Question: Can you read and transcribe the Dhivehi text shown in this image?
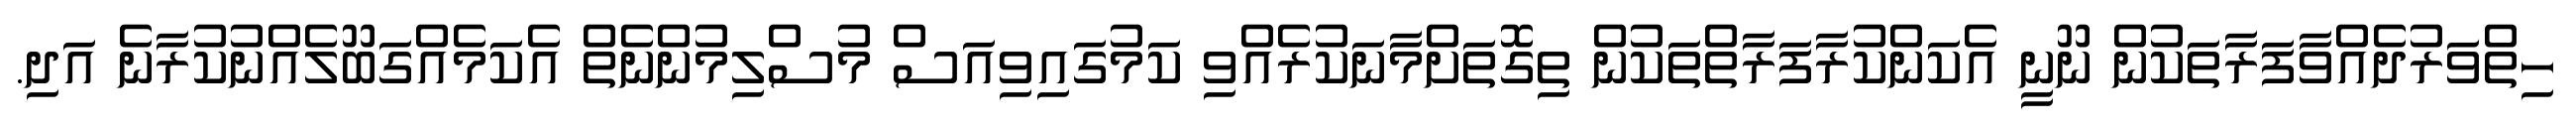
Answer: ހިތްވަރުދެއްވާފަރާތަކުން ނޫނީ އެކަންކުރާފަރާތްތަކުން ތިގޮތަށްމާނަކުރެއްވި ކަމުގައިވިއަސް މުސްލިމުންނެތް އެކަމެއްގަބޫލެއްނުކުރާނެ އަދި.